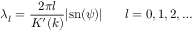
\lambda _ { l } = \frac { 2 \pi l } { K ^ { \prime } ( k ) } | \mathrm { s n } ( \psi ) | \; \; \; \; \; \; l = 0 , 1 , 2 , \ldots